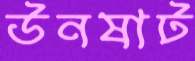
উনষাট